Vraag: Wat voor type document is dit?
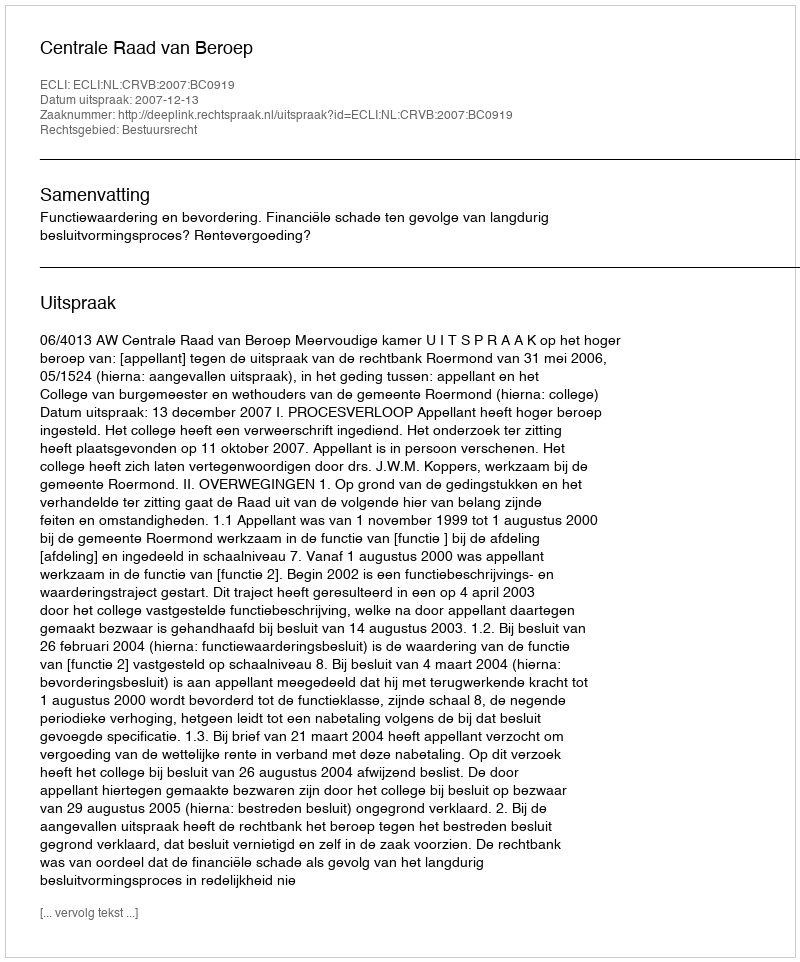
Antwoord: Uitspraak